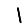
Digit: 1